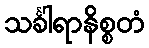
သင်္ခါရာနိစ္စတံ